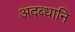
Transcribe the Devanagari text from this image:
अदब्धानि